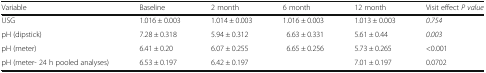
<table><thead><tr><td><b>Variable</b></td><td><b>Baseline</b></td><td><b>2 month</b></td><td><b>6 month</b></td><td><b>12 month</b></td><td><b>Visit effect <i>P value</i></b></td></tr></thead><tbody><tr><td>USG</td><td>1.016 ± 0.003</td><td>1.014 ± 0.003</td><td>1.016 ± 0.003</td><td>1.013 ± 0.003</td><td><i>0.754</i></td></tr><tr><td>pH (dipstick)</td><td>7.28 ± 0.318</td><td>5.94 ± 0.312</td><td>6.63 ± 0.331</td><td>5.61 ± 0.44</td><td><i>0.003</i></td></tr><tr><td>pH (meter)</td><td>6.41 ± 0.20</td><td>6.07 ± 0.255</td><td>6.65 ± 0.256</td><td>5.73 ± 0.265</td><td>&lt;0.001</td></tr><tr><td>pH (meter- 24 h pooled analyses)</td><td>6.53 ± 0.197</td><td>6.42 ± 0.197</td><td></td><td>7.01 ± 0.197</td><td>0.0702</td></tr></tbody></table>